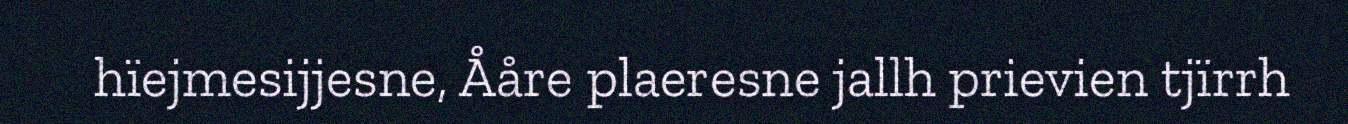
hïejmesijjesne, Ååre plaeresne jallh prievien tjïrrh